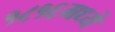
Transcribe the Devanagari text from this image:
१८१६मध्ये